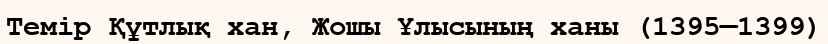
Темір Құтлық хан, Жошы Ұлысының ханы (1395—1399)